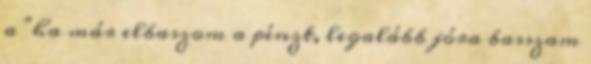
a "ha már elbaszom a pénzt, legalább jóra basszam